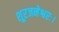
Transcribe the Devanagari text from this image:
शूरजनेश्वरः।